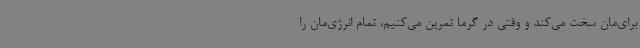
برای‌مان سخت می‌کند و وقتی در گرما تمرین می‌کنیم، تمام انرژی‌مان را